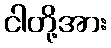
ငါတို့အား